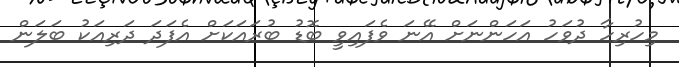
މިހުރިހާ ދުވަހު އަހަންނަށް އޭނަ ވެފައިވީ ބޮޑު ބުރައަކަށް އެފަދަ ދަރިއަކު ބަލަން